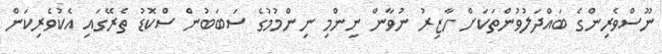
ނޫސްވެރިންގެ ބައްދަލުވުންތަކަށް ހާޒިރު ނުވާން ނިންމި ނިންމުމުގެ ސަބަބުން ސްކޮޑު ތެރޭގައި އެކުވެރިކަން